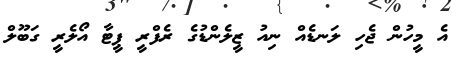
އެ މީހުން ޖެހި ލަނޑެއް ނިއު ޒީލެންޑުގެ ރެފްރީ ޕީޓާ އޯލެރީ ގަބޫލް